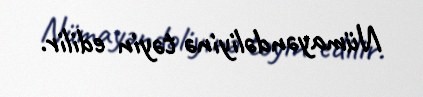
Nümayəndəliyinə təyin edilir.